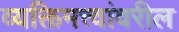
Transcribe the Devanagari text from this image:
व्यक्तिमत्त्वांवरील